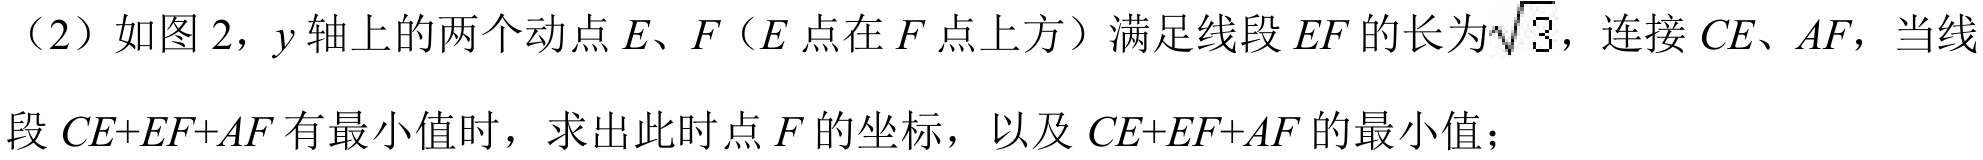
（2）如图2，\(y\)轴上的两个动点\(E、F\)（\(E\)点在\(F\)点上方）满足线段\(EF\)的长为\(\sqrt{3}\)，连接\(CE、AF\)，当线
段\(CE + EF+AF\)有最小值时，求出此时点\(F\)的坐标，以及\(CE + EF+AF\)的最小值；